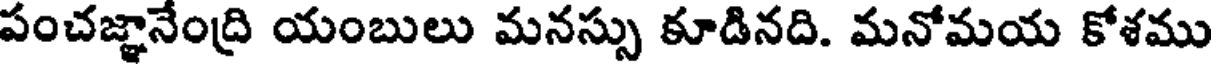
పంచజ్ఞానేంద్రి యంబులు మనస్సు కూడినది. మనోమయ కోశము